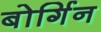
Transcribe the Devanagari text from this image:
बोर्गिन